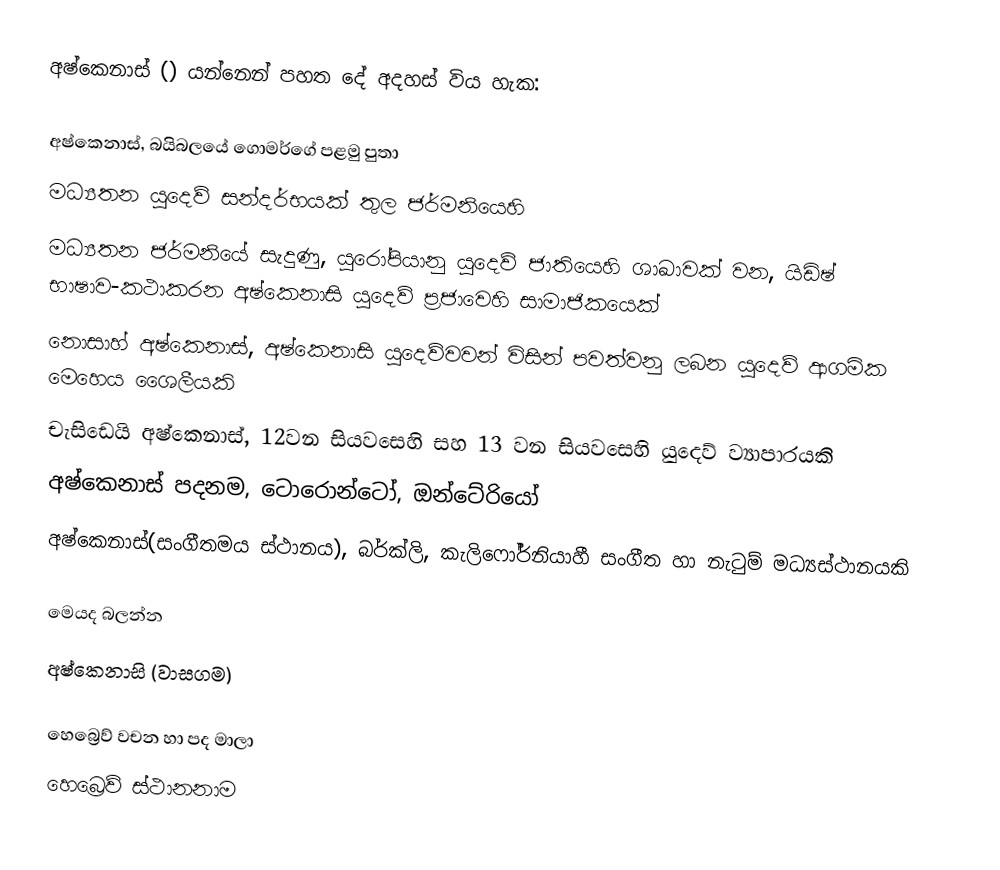
අෂ්කෙනාස්  () යන්නෙන් පහත දේ අදහස් විය හැක:

 අෂ්කෙනාස්, බයිබලයේ ගොමර්ගේ පළමු පුතා
 මධ්‍යතන යුදෙව් සන්දර්භයක් තුල ජර්මනියෙහි
 මධ්‍යතන ජර්මනියේ සැදුණු, යුරෝපියානු යුදෙව් ජාතියෙහි ශාඛාවක් වන,  යිඩිෂ් භාෂාව-කථාකරන අෂ්කෙනාසි යුදෙව් ප්‍රජාවෙහි සාමාජිකයෙක්
 නොසාහ් අෂ්කෙනාස්, අෂ්කෙනාසි යුදෙව්වවන් විසින් පවත්වනු ලබන යුදෙව් ආගමික මෙහෙය ශෛලීයකි
 චැසිඩෙයි අෂ්කෙනාස්, 12වන සියවසෙහි සහ 13 වන සියවසෙහි යුදෙව් ව්‍යාපාරයකි
 අෂ්කෙනාස් පදනම, ටොරොන්ටෝ, ඔන්ටේරියෝ
 අෂ්කෙනාස්(සංගීතමය ස්ථානය), බර්ක්ලි, කැලිෆෝර්නියාහී සංගීත හා නැටුම් මධ්‍යස්ථානයකි

මෙයද බලන්න
 අෂ්කෙනාසි (වාසගම)

හෙබ්‍රෙව් වචන හා පද මාලා
හෙබ්‍රෙව් ස්ථානනාම